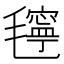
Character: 𰚴